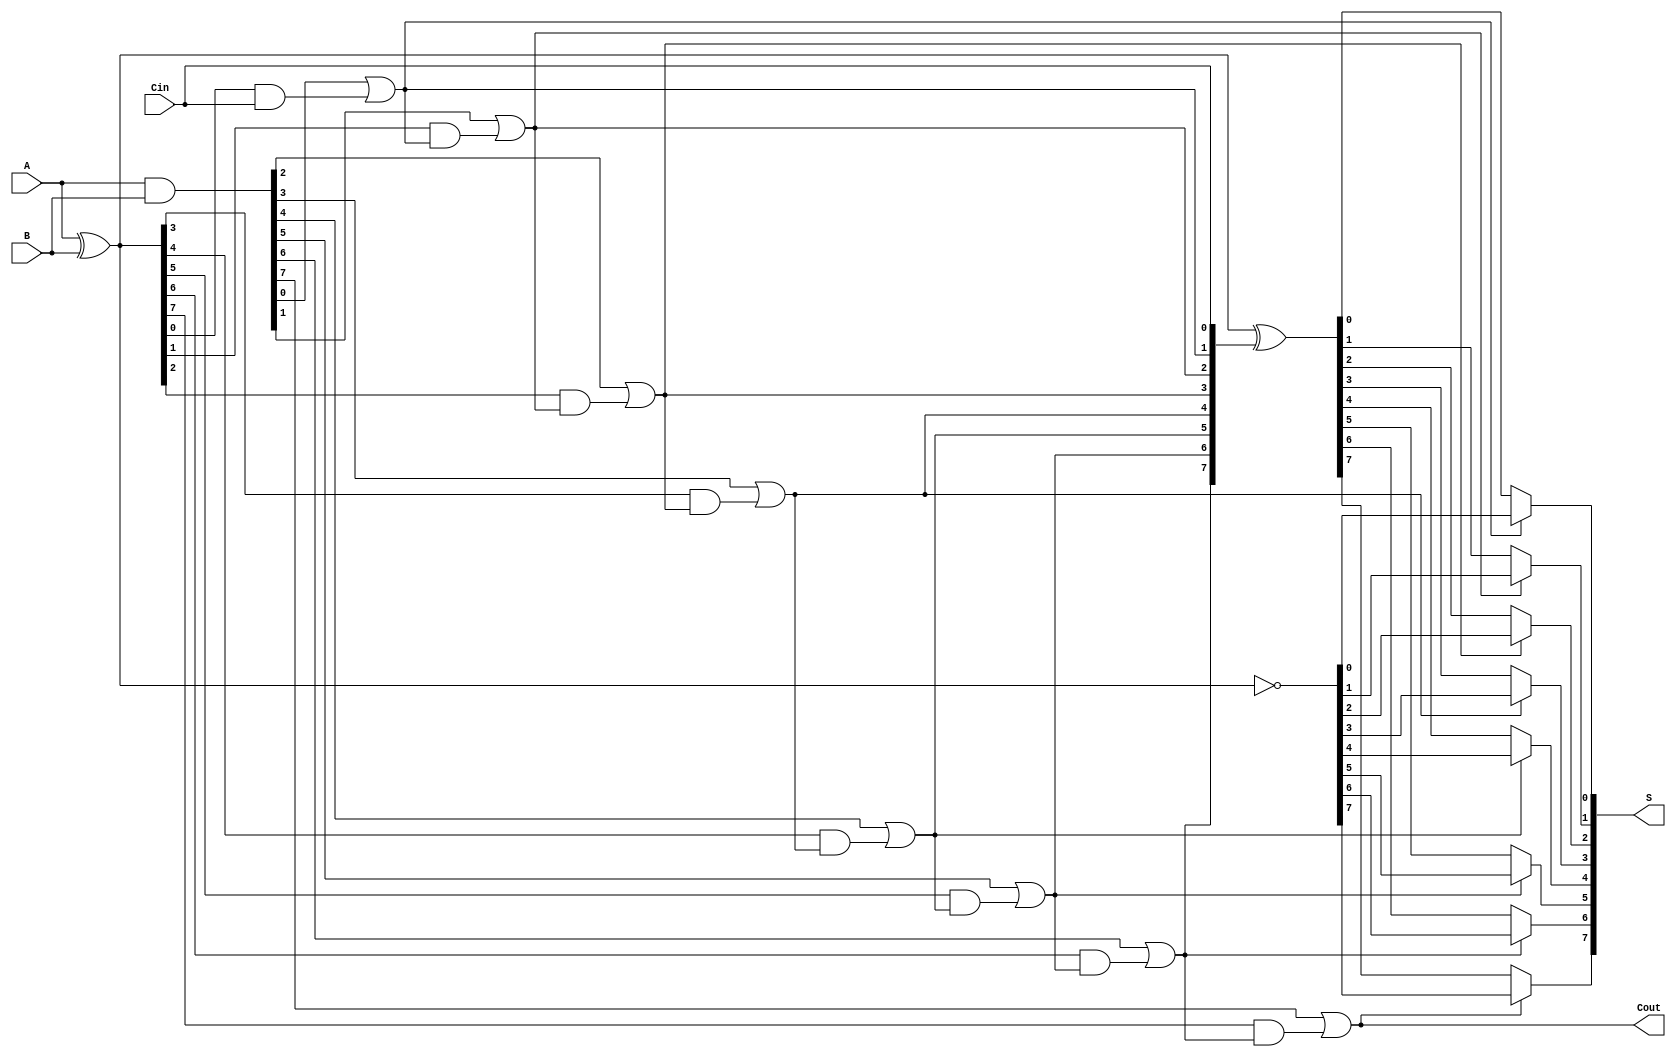
module ConditionalSumAdder #(parameter n = 8) (
    input  wire [n-1:0] A,      // First n-bit input
    input  wire [n-1:0] B,      // Second n-bit input
    input  wire Cin,             // Carry-in
    output wire [n-1:0] S,       // n-bit sum output
    output wire Cout             // Carry-out
);

    // Generate and Propagate signals
    wire [n-1:0] G; // Generate signals
    wire [n-1:0] P; // Propagate signals
    wire [n:0] C;   // Carry signals

    // Generate and Propagate calculations
    assign G = A & B;          // G[i] = A[i] & B[i]
    assign P = A ^ B;          // P[i] = A[i] ^ B[i]

    // Carry signal calculations
    assign C[0] = Cin;         // C[0] = Cin
    genvar i;
    generate
        for (i = 1; i <= n; i = i + 1) begin : carry_gen
            assign C[i] = G[i-1] | (P[i-1] & C[i-1]); // C[i] = G[i-1] | (P[i-1] & C[i-1])
        end
    endgenerate

    // Sum calculations
    wire [n-1:0] S0; // Sum if carry is 0
    wire [n-1:0] S1; // Sum if carry is 1

    assign S0 = P ^ C[0:n-1]; // S0[i] = P[i] ^ C[i]
    assign S1 = ~P;           // S1[i] = ~P[i]

    // Final sum selection based on carry signals
    generate
        for (i = 0; i < n; i = i + 1) begin : sum_select
            assign S[i] = C[i+1] ? S1[i] : S0[i]; // S[i] = C[i+1] ? S1[i] : S0[i]
        end
    endgenerate

    // Final carry-out
    assign Cout = C[n]; // Cout = C[n]

endmodule